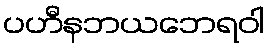
ပဟီနဘယဘေရဝါ